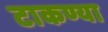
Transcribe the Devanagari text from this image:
टाकण्या